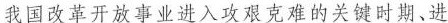
我国改革开放事业进入攻艰克难的关键时、进